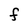
Character: F